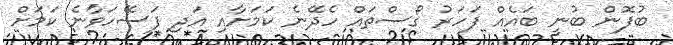
ބުފޮން ބުނީ ބައެއް ފަހަރު ގޯސްތައް ހެދޭނެ ކަމަށާއި އަދި ފަސޭހަވާނެ ކަމަށް